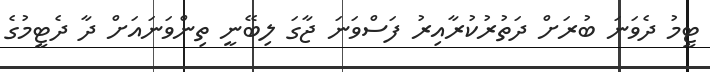
ޓީމު ދެވަނަ ބުރަށް ދަތުރުކުރާއިރު ފަސްވަނަ ޖާގަ ލިބޭނީ ތިންވަނައަށް ދާ ދެޓީމުގެ